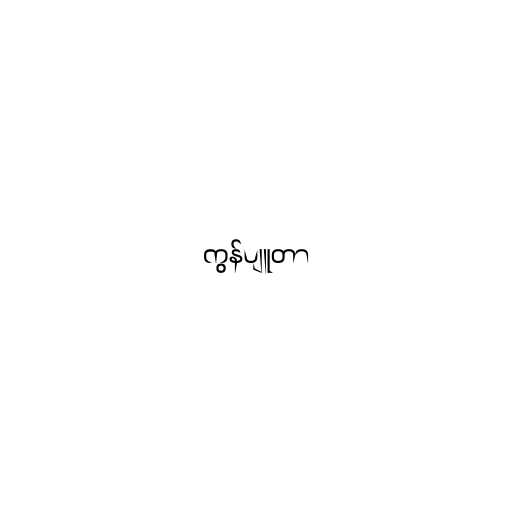
ကွန်ပျူတာ